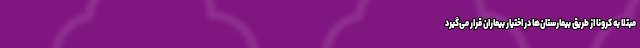
مبتلا به کرونا از طریق بیمارستان‌ها در اختیار بیماران قرار می‌گیرد